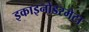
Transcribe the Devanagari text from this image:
इकाइनोडरमेटा